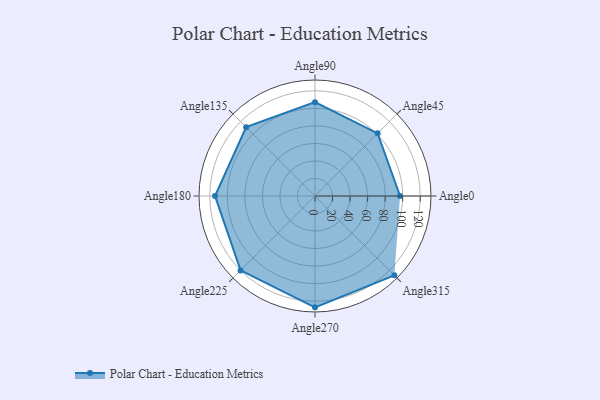
{"axis": {"x": "Angle", "y": "Radius"}, "legend": [""], "data": [{"x": "Angle0", "y": 97.0, "type": ""}, {"x": "Angle45", "y": 101.0, "type": ""}, {"x": "Angle90", "y": 107.0, "type": ""}, {"x": "Angle135", "y": 111.0, "type": ""}, {"x": "Angle180", "y": 114.0, "type": ""}, {"x": "Angle225", "y": 120.0, "type": ""}, {"x": "Angle270", "y": 127.0, "type": ""}, {"x": "Angle315", "y": 128.0, "type": ""}]}